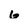
Character: 6